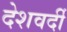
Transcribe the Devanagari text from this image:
देशवर्दी